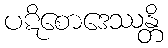
ပဋိစောဒေဿန္တိ